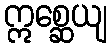
ဣစ္ဆေယျ